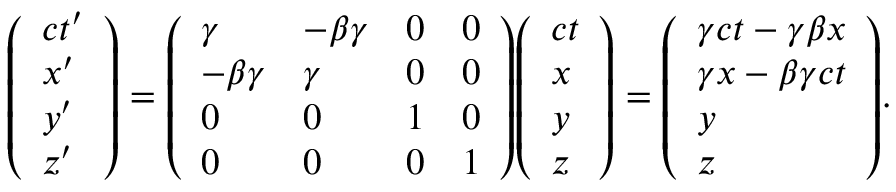
{ \left( \begin{array} { l } { c t ^ { \prime } } \\ { x ^ { \prime } } \\ { y ^ { \prime } } \\ { z ^ { \prime } } \end{array} \right) } = { \left( \begin{array} { l l l l } { \gamma } & { - \beta \gamma } & { 0 } & { 0 } \\ { - \beta \gamma } & { \gamma } & { 0 } & { 0 } \\ { 0 } & { 0 } & { 1 } & { 0 } \\ { 0 } & { 0 } & { 0 } & { 1 } \end{array} \right) } { \left( \begin{array} { l } { c t } \\ { x } \\ { y } \\ { z } \end{array} \right) } = { \left( \begin{array} { l } { \gamma c t - \gamma \beta x } \\ { \gamma x - \beta \gamma c t } \\ { y } \\ { z } \end{array} \right) } .